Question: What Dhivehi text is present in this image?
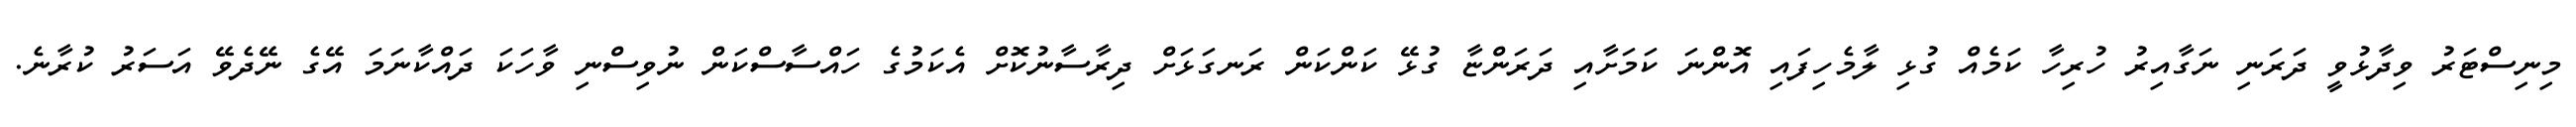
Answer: މިނިސްޓަރު ވިދާޅުވީ ދަރަނި ނަގާއިރު ހުރިހާ ކަމެއް ގުޅި ލާމެހިފައި އޮންނަ ކަމަށާއި ދަރަންޏާ ގުޅޭ ކަންކަން ރަނގަޅަށް ދިރާސާނުކޮށް އެކަމުގެ ހައްސާސްކަން ނުވިސްނި ވާހަކަ ދައްކާނަމަ އޭގެ ނޭދެވޭ އަސަރު ކުރާނެ.